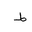
Letter: _da